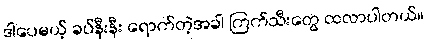
ဒါပေမယ့် ခပ်နီးနီး ရောက်တဲ့အခါ ကြက်သီးတွေ ထလာပါတယ်။